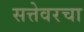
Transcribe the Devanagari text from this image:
सत्तेवरचा